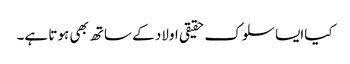
کیاایسا سلوک حقیقی اولاد کے ساتھ بھی ہوتا ہے۔